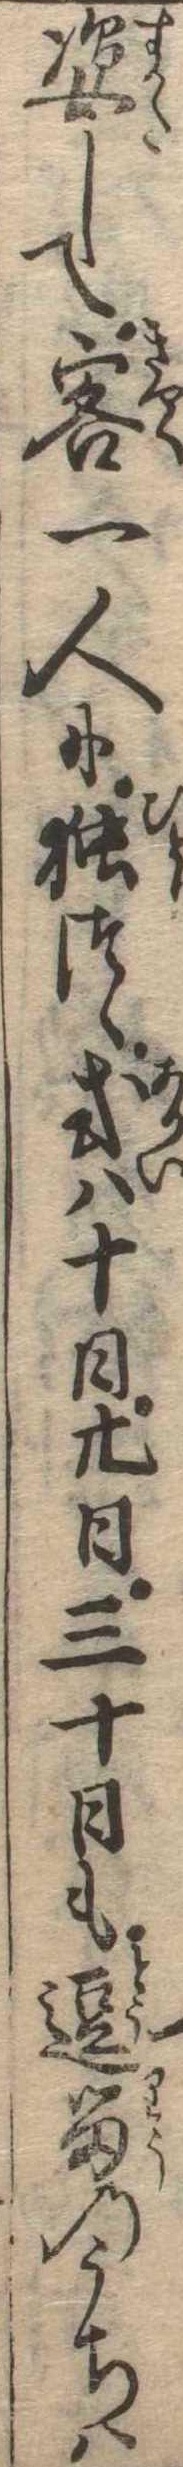
姿して客一人に独つゝ或は十日廿日三十日も逗留のうちは